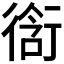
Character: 𮕣